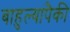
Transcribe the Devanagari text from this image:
बाहुल्यांपैकी